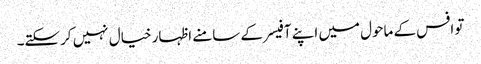
تو افس کے ماحول میں اپنے آفیسر کے سامنے اظہار خیال نہیں کرسکتے۔